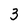
Character: 3